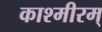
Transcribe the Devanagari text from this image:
काश्मीरम्